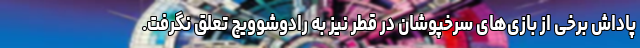
پاداش برخی از بازی‌های سرخپوشان در قطر نیز به رادوشوویچ تعلق نگرفت.